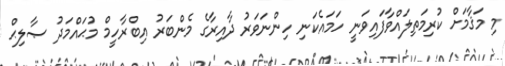
މި މަޤާމަށް ކުރިމަތިލައްވާފައިވަނީ ހަމައެކަނި ހިންނަވަރު ދާއިރާގެ މެންބަރު އިބްރާހީމް މުޙައްމަދު ޞާލިޙް